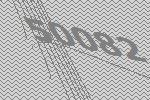
50082